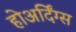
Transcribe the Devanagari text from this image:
होअर्दिंग्स